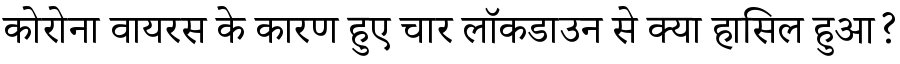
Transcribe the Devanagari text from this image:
कोरोना वायरस के कारण हुए चार लॉकडाउन से क्या हासिल हुआ?